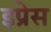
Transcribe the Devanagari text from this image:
इप्रेस